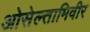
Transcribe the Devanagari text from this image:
ओसेल्तामिवीर